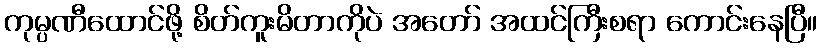
ကုမ္ပဏီထောင်ဖို့ စိတ်ကူးမိတာကိုပဲ အတော် အထင်ကြီးစရာ ကောင်းနေပြီ။